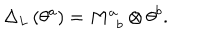
LaTeX: \Delta _ { L } \left( \theta ^ { a } \right) = M _ { \, \, \, b } ^ { a } \otimes \theta ^ { b } .